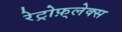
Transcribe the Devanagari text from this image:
रेट्रोफ़्लेक्स